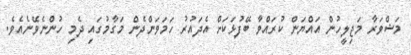
މަޝްވަރާ މަޖިލީހުން އައްޔަން ކުރައްވާ ބޭފުޅަކަށް އެދައުރު ހަމަވަންދެން މަގާމުގައި ދެމި ހުންނެވޭނެއެވެ.